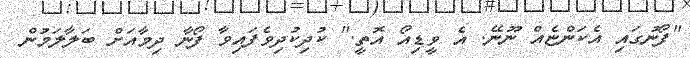
"ފޯނުގައި އެކަންޏެއް ނޫނޭ. އެ ވީޑިއޯ އޮތީ." ކުދިކުދިވެފައިވާ ފޯނާ ދިމާއަށް ބަލާލަމުން